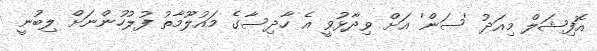
އޮފިޝަލް މިއަދު 'ސަން' އަށް ވިދާޅުވީ އެ ހާދިސާގެ މައުލޫމާތު ފުލުހުންނަށް ލިބުނީ